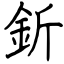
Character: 釿